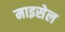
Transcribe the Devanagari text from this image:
माइसेल